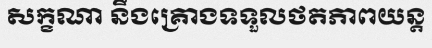
សក្ខណា នឹងគ្រោងទទួលថតភាពយន្ត